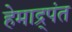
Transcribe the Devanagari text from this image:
हेमाद्र्पंत